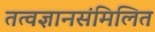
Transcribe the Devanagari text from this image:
तत्वज्ञानसंमिलित